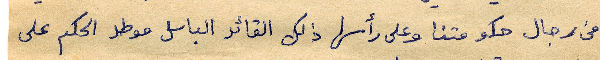
من رجال حكومتنا وعلى رأسها ذلك القائد الباسل موطد الحكم على